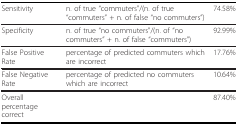
| Sensitivity | n. of true "commuters"/(n. of true "commuters" + n. of false "no commuters") | 74.58% |
 | --- | --- | --- |
 | Specificity | n. of true "no commuters"/(n. of "no commuters" + n. of false "commuters") | 92.99% |
 | False Positive Rate | percentage of predicted commuters which are incorrect | 17.76% |
 | False Negative Rate | percentage of predicted no commuters which are incorrect | 10.64% |
 | Overall percentage correct |  | 87.40% |